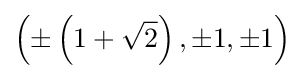
\left(\pm \left(1+{\sqrt {2}}\right),\pm 1,\pm 1\right)